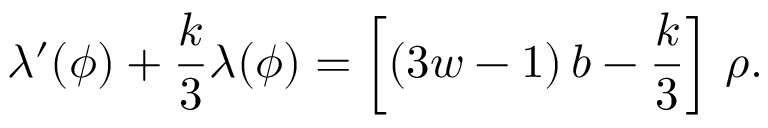
\lambda ^ { \prime } ( \phi ) + { \frac { k } { 3 } } \lambda ( \phi ) = \left[ ( 3 w - 1 ) \, b - { \frac { k } { 3 } } \right] \, \rho .